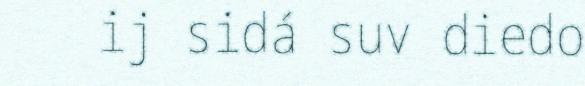
ij sidá suv diedo